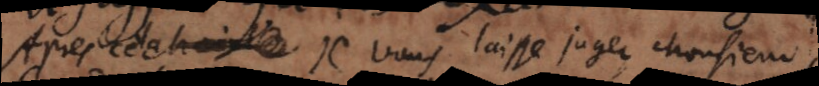
Après celà je vous laisse juger Monsieur